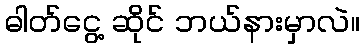
ဓါတ်ငွေ့ ဆိုင် ဘယ်နားမှာလဲ။